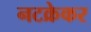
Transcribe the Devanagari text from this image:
नटक्रेकर